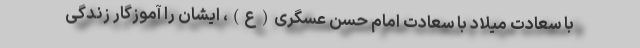
با سعادت میلاد با سعادت امام حسن عسگری(ع)، ایشان را آموزگار زندگی